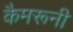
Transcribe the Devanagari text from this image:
कैमरूनी